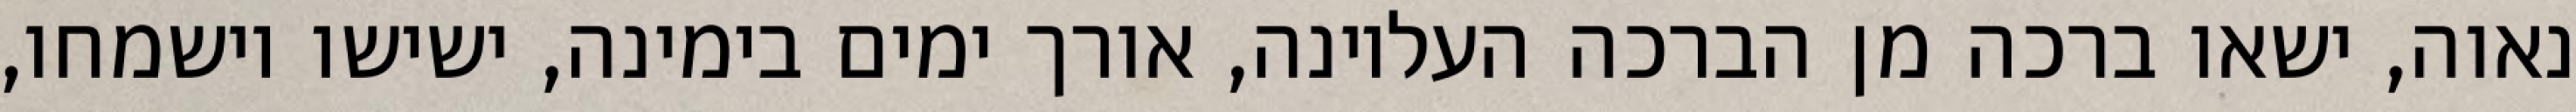
נאוה, ישאו ברכה מן הברכה העליונה, אורך ימים בימינה, ישישו וישמחו,